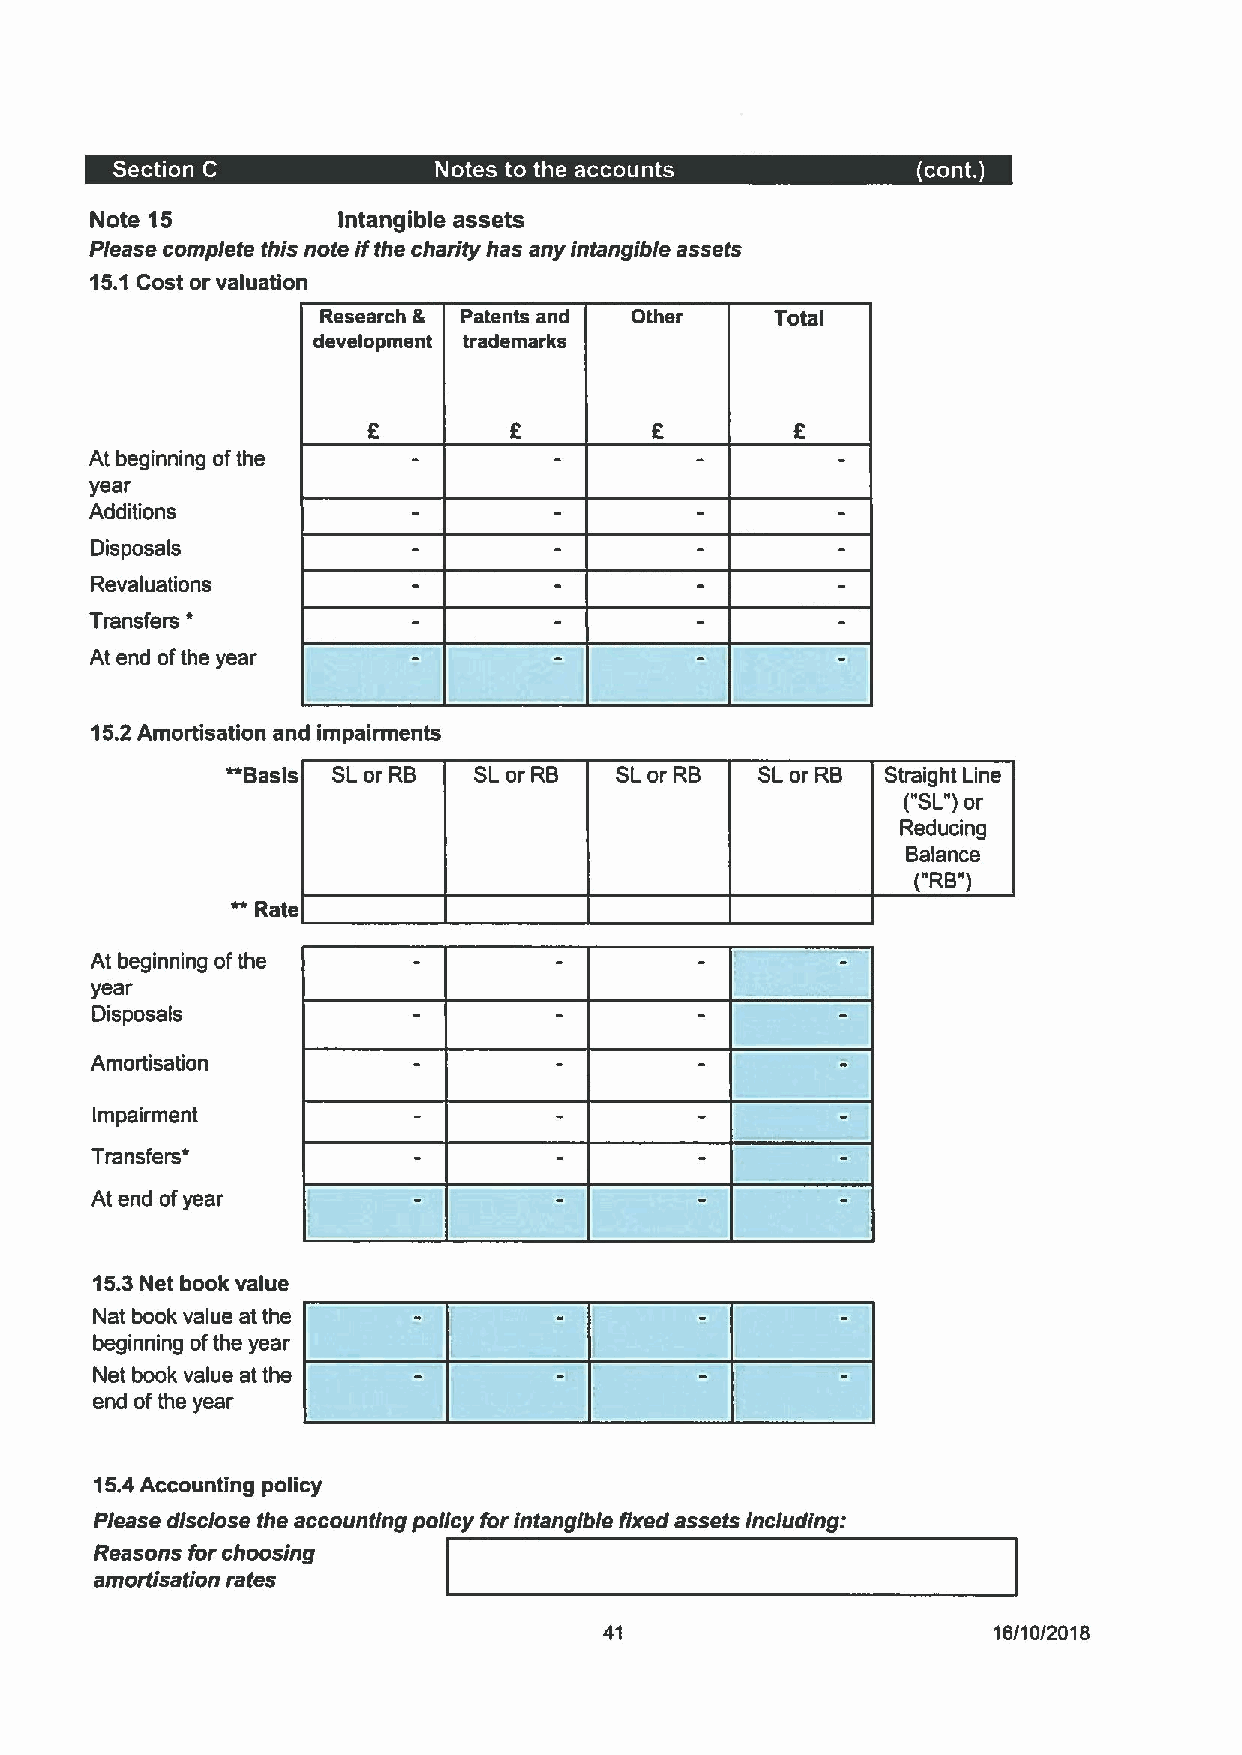
Note 15         Intangible assets
 Please complete this note ifthe charity has any intangible assets
 15.1 Cost or valuation
 Research & Patents and Other  Total
 development trademarks
 At beginning ofthe
 year
 Additions
 Disposals
 Revaluations
 *
 Transfers
 At end ofthe year
 15.2 Amortisation and impairments
 Basis SLor RB  SLor RB   SLor RB  SLor RB  Straight Line
 ("SL")or
 Reducing
 Balance
 ("RB")
 Rate
 At beginning ofthe
 year
 Disposals
 Amortisation
 Impairment
 Transfers
 At end ofyear
 15.3Net book value
 Nat book value at the
 beginning ofthe year
 Net book value at the
 end ofthe year
 15.4Accounting policy
 Please disclose the accounting policy forintangible fixed assets including:
 Reasons for choosing
 amortisation rates
 41                        16/10/2018